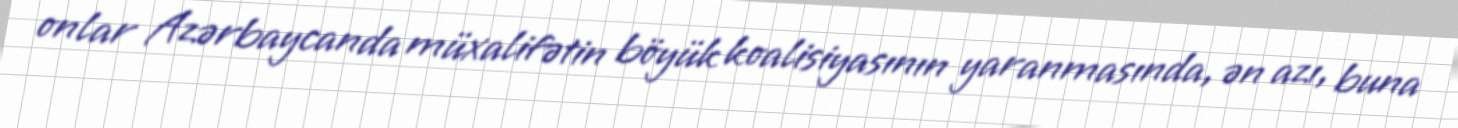
onlar Azərbaycanda müxalifətin böyük koalisiyasının yaranmasında, ən azı, buna